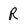
Character: R